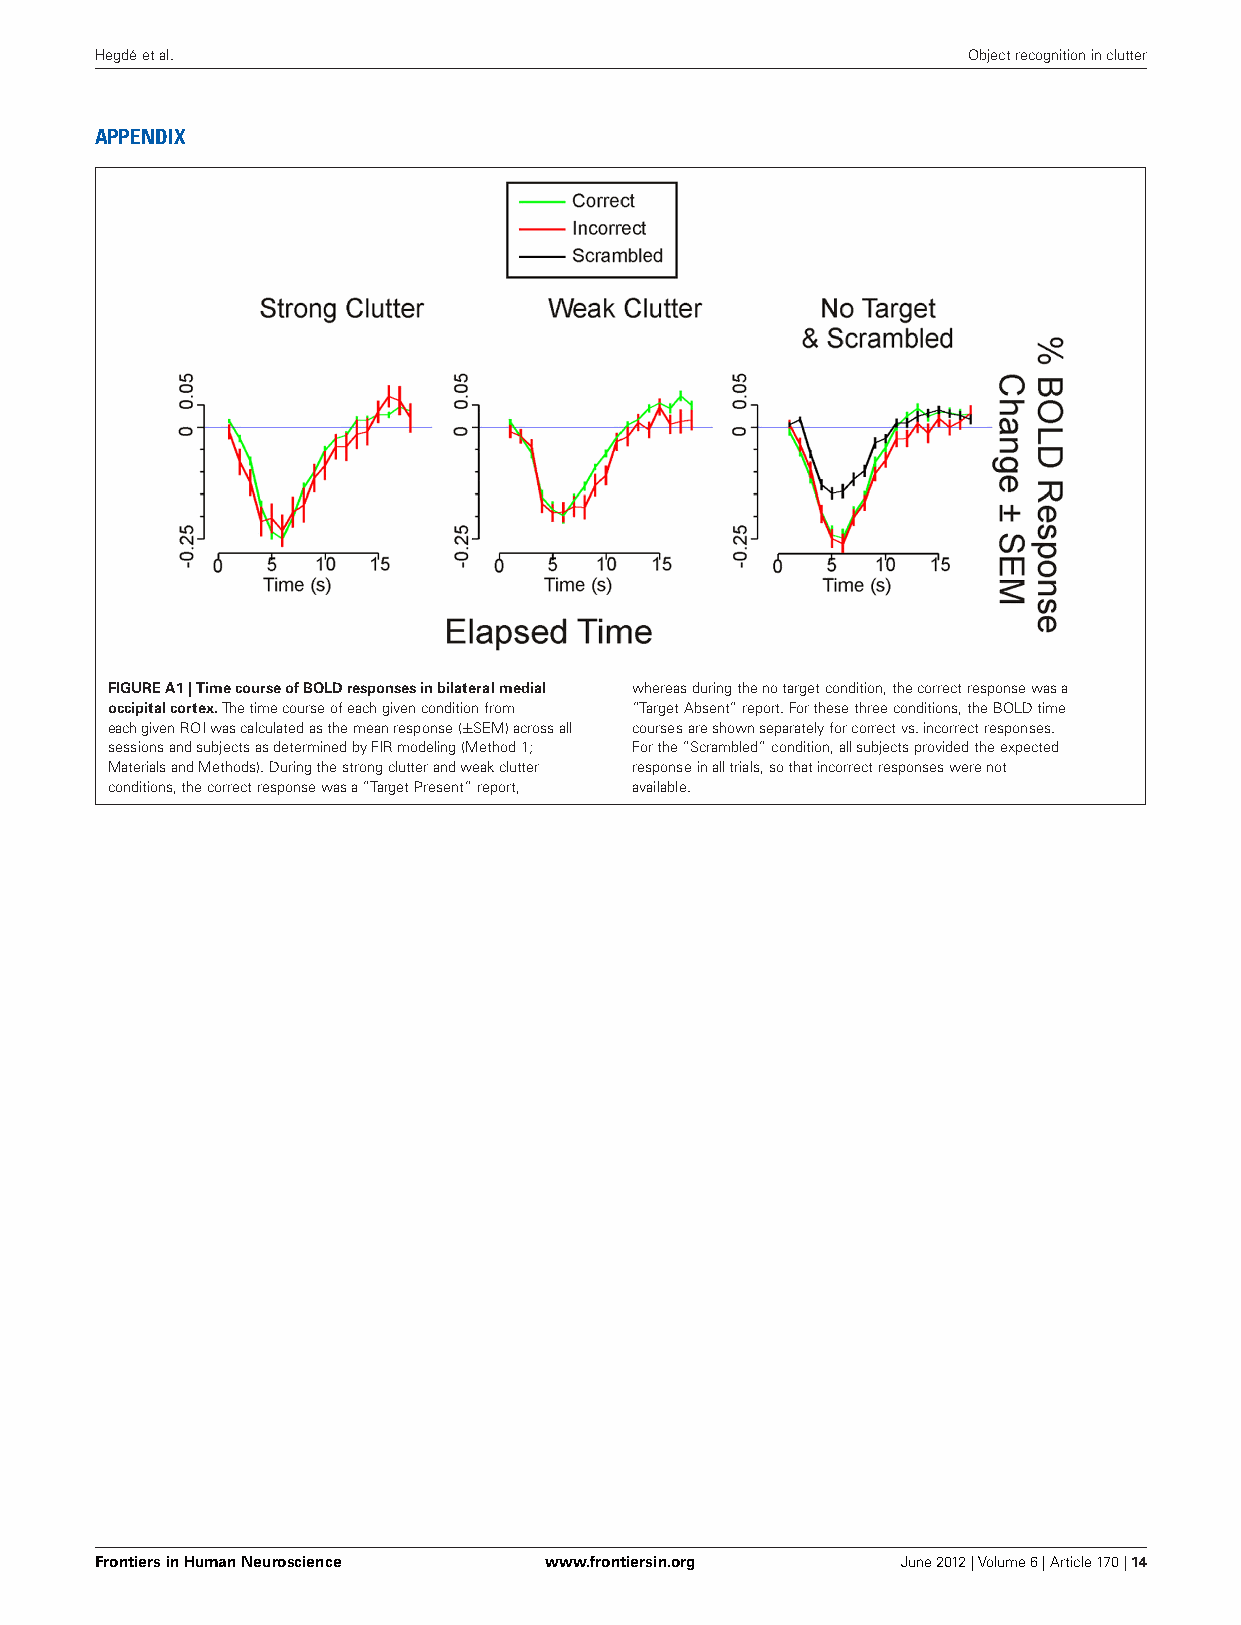
Hegdéetal.                                                Objectrecognitioninclutter
 APPENDIX
 FIGUREA1|TimecourseofBOLDresponsesinbilateralmedial whereasduringthenotargetcondition,thecorrectresponsewasa
 occipitalcortex.Thetimecourseofeachgivenconditionfrom “TargetAbsent”report.Forthesethreeconditions,theBOLDtime
 eachgivenROIwascalculatedasthemeanresponse(±SEM)acrossall coursesareshownseparatelyforcorrectvs.incorrectresponses.
 sessionsandsubjectsasdeterminedbyFIRmodeling(Method1; Forthe“Scrambled”condition,allsubjectsprovidedtheexpected
 MaterialsandMethods).Duringthestrongclutterandweakclutter responseinalltrials,sothatincorrectresponseswerenot
 conditions,thecorrectresponsewasa“TargetPresent”report, available.
 FrontiersinHumanNeuroscience  www.frontiersin.org     June2012|Volume6|Article170|14